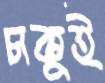
চাকুই